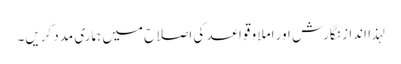
لہذا انداز نگارش اور املا و قواعد کی اصلاح میں ہماری مدد کریں۔